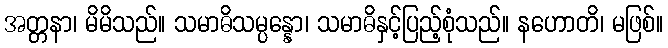
အတ္တနာ၊ မိမိသည်။ သမာဓိသမ္ပန္နော၊ သမာဓိနှင့်ပြည့်စုံသည်။ နဟောတိ၊ မဖြစ်။